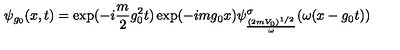
\psi _ { g _ { 0 } } ( x , t ) = \exp ( - i \frac { m } { 2 } g _ { 0 } ^ { 2 } t ) \exp ( - i m g _ { 0 } x ) \psi _ { \frac { ( 2 m V _ { 0 } ) ^ { 1 / 2 } } { \omega } } ^ { \sigma } ( \omega ( x - g _ { 0 } t ) )